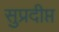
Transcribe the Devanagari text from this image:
सुप्रदीप्त